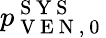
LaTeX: p_{\mathrm{~V~E~N~,~0~}}^{\mathrm{~S~Y~S~}}